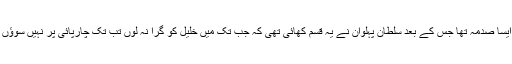
یہ ایسا صدمہ تھا جس کے بعد سلطان پہلوان نے یہ قسم کھائی تھی کہ جب تک میں خلیل کو گرا نہ لوں تب تک چارپائی پر نہیں سوؤں گا۔